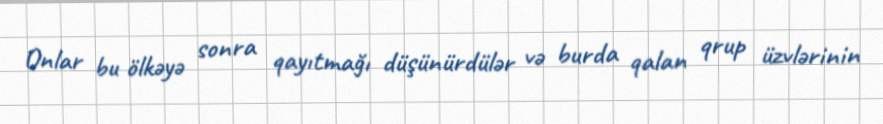
Onlar bu ölkəyə sonra qayıtmağı düşünürdülər və burda qalan qrup üzvlərinin